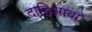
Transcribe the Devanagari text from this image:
दाहिआवाँ